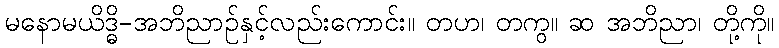
မနောမယိဒ္ဓိ-အဘိညာဉ်နှင့်လည်းကောင်း။ တဟ၊ တကွ။ ဆ အဘိညာ၊ တို့ကို။